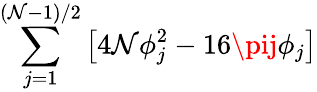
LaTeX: \sum_{j=1}^{\left(\mathcal{N}-1\right)/2}\left[4\mathcal{N}\phi_{j}^{2}-16\pij\phi_{j}\right]